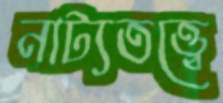
নাট্যতত্ত্বে